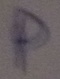
Text: P